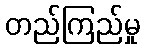
တည်ကြည်မှု